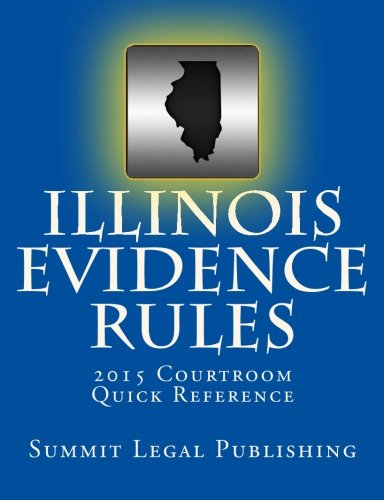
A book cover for Illinois Evidence Rules Courtroom Quick Reference: 2015; Summit Legal Publishing; Law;